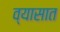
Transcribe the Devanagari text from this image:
व्यासात